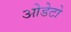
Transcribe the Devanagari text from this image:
ओडेटो